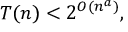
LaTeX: T ( n ) < 2 ^ { O ( n ^ { a } ) } ,